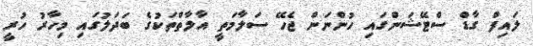
ލައިފް ގާޑް ސްޓޭޝަންގައި ހުންނަން ޖެހޭ ސަލާމަތީ އާލާތްތަކުގެ ބަދަލުގައި މިހާރު ހުރީ